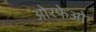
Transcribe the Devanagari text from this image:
ओरफेओ